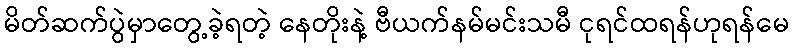
မိတ်ဆက်ပွဲမှာတွေ့ခဲ့ရတဲ့ နေတိုးနဲ့ ဗီယက်နမ်မင်းသမီ ငုရင်ထရန်ဟုရန်မေ